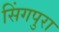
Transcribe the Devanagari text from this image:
सिंगपुरा